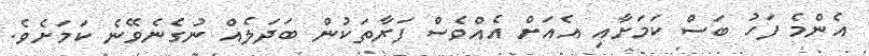
އެންމެ ފަހު ބަސް ކަމަށާއި އެއަށް އެއްވެސް ފަރާތަކުން ބަދަލެއް ނުގެނެވޭނެ ކަމަށެވެ.